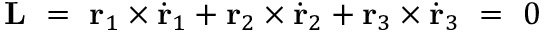
\mathbf L \ = \ \mathbf r _ { 1 } \times \dot { \mathbf r } _ { 1 } + \mathbf r _ { 2 } \times \dot { \mathbf r } _ { 2 } + \mathbf r _ { 3 } \times \dot { \mathbf r } _ { 3 } \ = \ 0